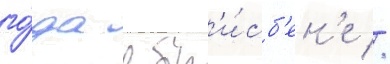
го́да в бр'и́сб'ен'е //